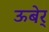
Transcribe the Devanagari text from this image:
ऊबेर्